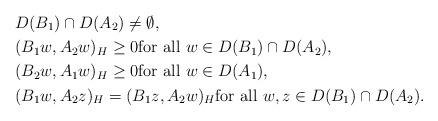
LaTeX: \begin{align*} &D(B_{1}) \cap D(A_{2}) \neq \emptyset, \\ &(B_{1}w, A_{2}w)_{H} \geq 0 \mbox{for all}\ w \in D(B_{1}) \cap D(A_{2}), \\ &(B_{2}w, A_{1}w)_{H} \geq 0 \mbox{for all}\ w \in D(A_{1}), \\ &(B_{1}w, A_{2}z)_{H} = (B_{1}z, A_{2}w)_{H} \mbox{for all}\ w, z \in D(B_{1}) \cap D(A_{2}). \end{align*}